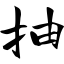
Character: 抽